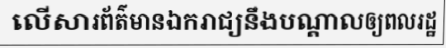
លើសារព័ត៌មានឯករាជ្យនឹងបណ្តាលឲ្យពលរដ្ឋ